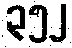
၃၅၂